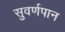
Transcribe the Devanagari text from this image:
सुवर्णपान